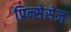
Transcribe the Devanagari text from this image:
प्रिन्सेसेज